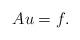
LaTeX: \begin{align*}Au=f.\end{align*}